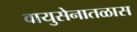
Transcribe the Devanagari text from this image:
वायुसेनातळास